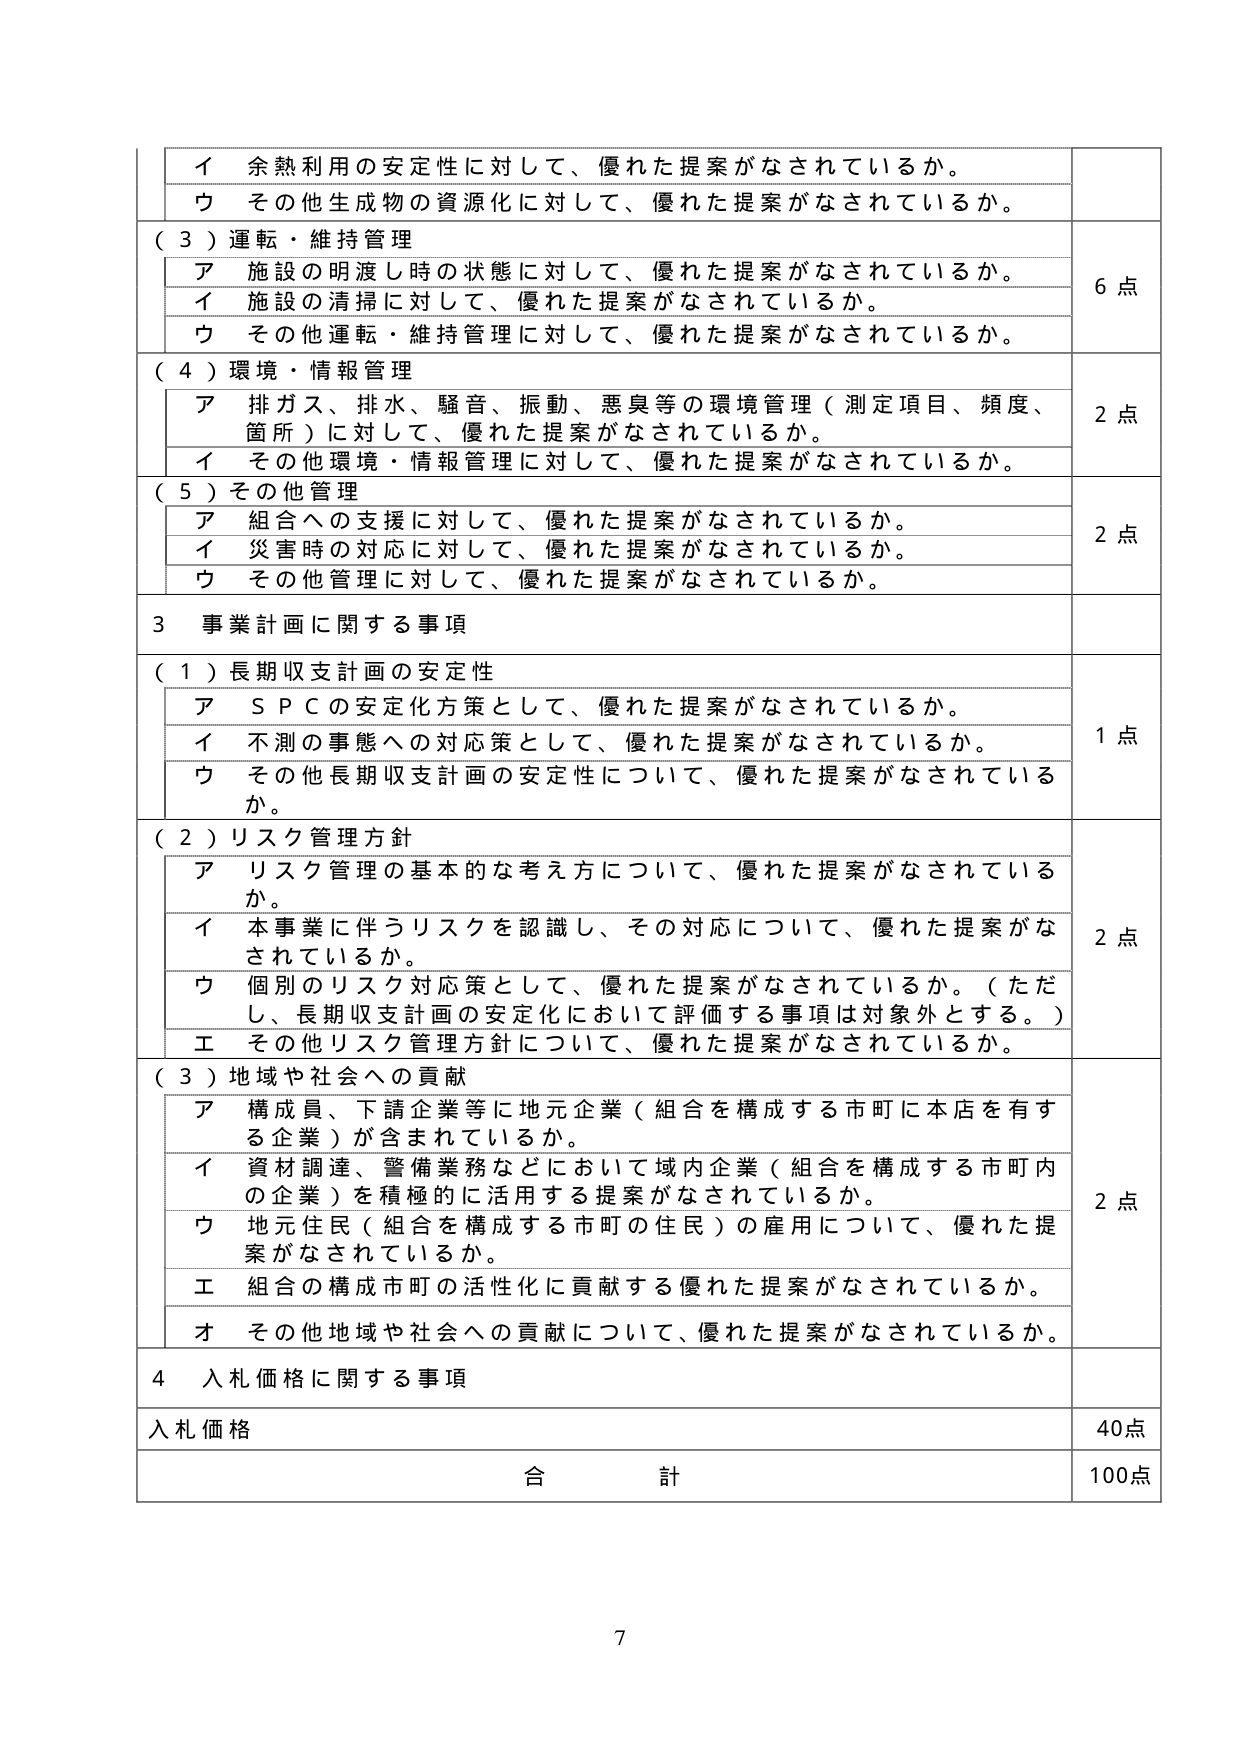
イ 余熱利用の安定性に対して、優れた提案がなされているか。
ウ その他生成物の資源化に対して、優れた提案がなされているか。
（３）運転・維持管理
ア 施設の明渡し時の状態に対して、優れた提案がなされているか。
イ 施設の清掃に対して、優れた提案がなされているか。
ウ その他運転・維持管理に対して、優れた提案がなされているか。
（４）環境・情報管理
ア 排ガス、排水、騒音、振動、悪臭等の環境管理（測定項目、頻度、箇所）に対して、優れた提案がなされているか。
イ その他環境・情報管理に対して、優れた提案がなされているか。
（５）その他管理
ア 組合への支援に対して、優れた提案がなされているか。
イ 災害時の対応に対して、優れた提案がなされているか。
ウ その他管理に対して、優れた提案がなされているか。
３ 事業計画に関する事項
（１）長期収支計画の安定性
ア ＳＰＣの安定化方策として、優れた提案がなされているか。
イ 不測の事態への対応策として、優れた提案がなされているか。
ウ その他長期収支計画の安定性について、優れた提案がなされているか。
（２）リスク管理方針
ア リスク管理の基本的な考え方について、優れた提案がなされているか。
イ 本事業に伴うリスクを認識し、その対応について、優れた提案がなされているか。
ウ 個別のリスク対応策として、優れた提案がなされているか。（ただし、長期収支計画の安定化において評価する事項は対象外とする。）
エ その他リスク管理方針について、優れた提案がなされているか。
（３）地域や社会への貢献
ア 構成員、下請企業等に地元企業（組合を構成する市町に本店を有する企業）が含まれているか。
イ 資材調達、警備業務などにおいて域内企業（組合を構成する市町内の企業）を積極的に活用する提案がなされているか。
ウ 地元住民（組合を構成する市町の住民）の雇用について、優れた提案がなされているか。
エ 組合の構成市町の活性化に貢献する優れた提案がなされているか。
オ その他地域や社会への貢献について、優れた提案がなされているか。
４ 入札価格に関する事項
入札価格
合計
6点
2点
2点
1点
2点
2点
40点
100点
7